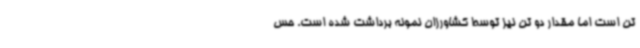
تن است اما مقدار دو تن نیز توسط کشاورزان نمونه برداشت شده است. حس